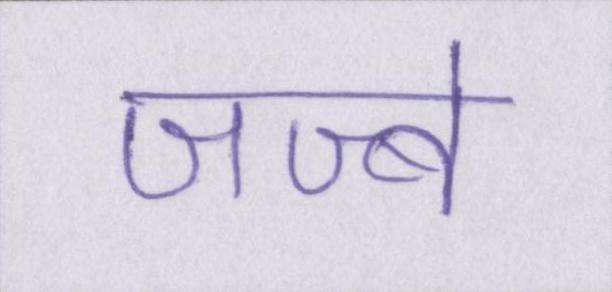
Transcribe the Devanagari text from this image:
जज्बे